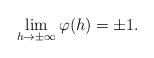
\begin{align*}\lim_{h\rightarrow \pm\infty}\varphi(h)=\pm 1.\end{align*}